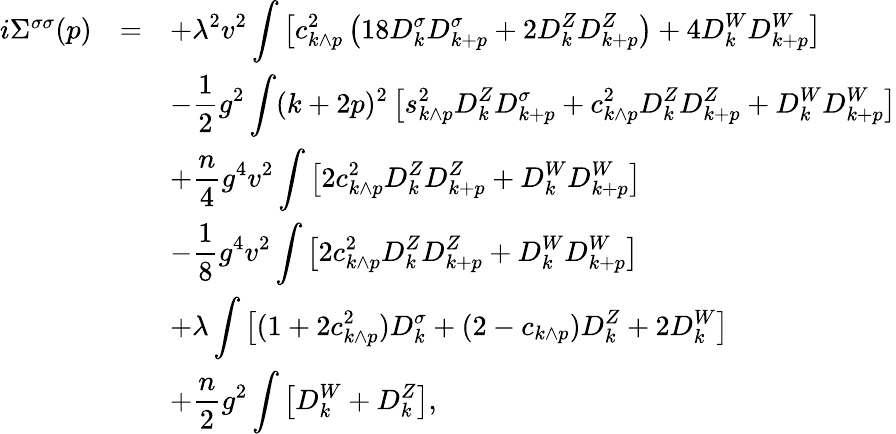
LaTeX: \begin{array}{rcl}{{i\Sigma^{\sigma\sigma}(p)}}&{{=}}&{{\displaystyle+\lambda^{2}v^{2}\int\left[c_{k\wedge p}^{2}\left(18D_{k}^{\sigma}D_{k+p}^{\sigma}+2D_{k}^{Z}D_{k+p}^{Z}\right)+4D_{k}^{W}D_{k+p}^{W}\right]}}\\ {{}}&{{}}&{{\displaystyle-\frac{1}{2}g^{2}\int(k+2p)^{2}\left[s_{k\wedge p}^{2}D_{k}^{Z}D_{k+p}^{\sigma}+c_{k\wedge p}^{2}D_{k}^{Z}D_{k+p}^{Z}+D_{k}^{W}D_{k+p}^{W}\right]}}\\ {{}}&{{}}&{{\displaystyle+\frac{n}{4}g^{4}v^{2}\int\left[2c_{k\wedge p}^{2}D_{k}^{Z}D_{k+p}^{Z}+D_{k}^{W}D_{k+p}^{W}\right]}}\\ {{}}&{{}}&{{\displaystyle-\frac{1}{8}g^{4}v^{2}\int\left[2c_{k\wedge p}^{2}D_{k}^{Z}D_{k+p}^{Z}+D_{k}^{W}D_{k+p}^{W}\right]}}\\ {{}}&{{}}&{{\displaystyle+\lambda\int\left[(1+2c_{k\wedge p}^{2})D_{k}^{\sigma}+(2-c_{k\wedge p})D_{k}^{Z}+2D_{k}^{W}\right]}}\\ {{}}&{{}}&{{\displaystyle+\frac{n}{2}g^{2}\int\left[D_{k}^{W}+D_{k}^{Z}\right],}}\end{array}